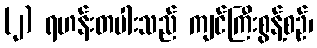
(၂) ရဟန်းတပါးသည် ကျင်ကြီးစွန့်စဉ်၊